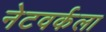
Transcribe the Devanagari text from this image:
नेटवर्कला